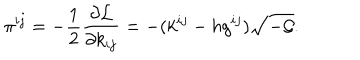
\pi ^ { i j } = - \frac { 1 } { 2 } \frac { \partial { \cal L } } { \partial k _ { i j } } = - ( k ^ { i j } - h g ^ { i j } ) \sqrt { - { \cal G } } .